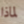
لماذا